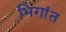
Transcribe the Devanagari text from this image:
भिंगांत